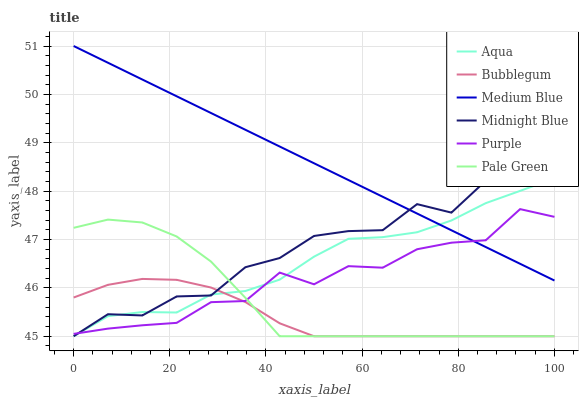
| xaxis_label | Aqua | Bubblegum | Medium Blue | Midnight Blue | Purple | Pale Green |
 | --- | --- | --- | --- | --- | --- | --- |
 | 0 | 45 | 45.8 | 51 | 45 | 45 | 47.2 |
 | 7.14 | 45.4 | 46.1 | 50.7 | 45.5 | 45.2 | 47.4 |
 | 14.3 | 45.5 | 46.2 | 50.3 | 45.4 | 45.2 | 47.4 |
 | 21.4 | 45.5 | 46.2 | 50 | 45.8 | 45.3 | 47.1 |
 | 28.6 | 45.9 | 46 | 49.6 | 45.8 | 45.7 | 46.5 |
 | 35.7 | 45.9 | 45.7 | 49.3 | 46.4 | 45.7 | 45.8 |
 | 42.9 | 46.2 | 45.3 | 48.9 | 46.6 | 46.3 | 45 |
 | 50 | 46.6 | 45 | 48.6 | 47.1 | 46.1 | 45 |
 | 57.1 | 47 | 45 | 48.2 | 47.2 | 46.4 | 45 |
 | 64.3 | 47 | 45 | 47.9 | 47.2 | 46.4 | 45 |
 | 71.4 | 47.1 | 45 | 47.5 | 47.7 | 46.8 | 45 |
 | 78.6 | 47.4 | 45 | 47.2 | 47.6 | 46.9 | 45 |
 | 85.7 | 47.8 | 45 | 46.8 | 48.2 | 47 | 45 |
 | 92.9 | 48 | 45 | 46.5 | 48.3 | 47.6 | 45 |
 | 100 | 48.3 | 45 | 46.2 | 48.6 | 47.5 | 45 |